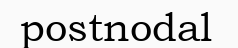
postnodal